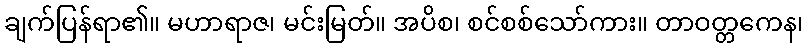
ချက်ပြန်ရာ၏။ မဟာရာဇ၊ မင်းမြတ်။ အပိစ၊ စင်စစ်သော်ကား။ တာဝတ္တကေန၊